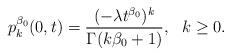
LaTeX: \begin{align*}p^{\beta_0}_{k}(0,t)=\frac{(-\lambda t^{\beta_0})^{k}}{\Gamma(k\beta_0+1)},\ \ k\geq 0.\end{align*}